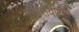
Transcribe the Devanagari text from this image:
महिरावणीत